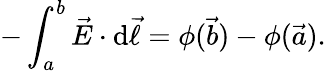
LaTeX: -\int_{a}^{b}{{\vec{E}}\cdot\mathrm{d}{\vec{\ell}}}=\phi({\vec{b}})-\phi({\vec{a}}).